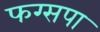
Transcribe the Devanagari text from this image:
फग्सपा